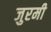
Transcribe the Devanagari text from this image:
जुरमी